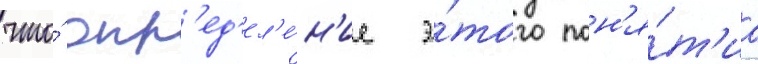
что́ опр'ед'ел'е́н'ие э́того пон'я́т'иа